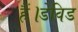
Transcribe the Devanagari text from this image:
हैं।डेविड